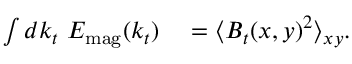
\begin{array} { r l } { \int d k _ { t } \ E _ { \mathrm { m a g } } ( k _ { t } ) } & { { } = \langle \boldsymbol { B } _ { t } ( x , y ) ^ { 2 } \rangle _ { x y } . } \end{array}